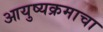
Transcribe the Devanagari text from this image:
आयुष्यक्रमाचा